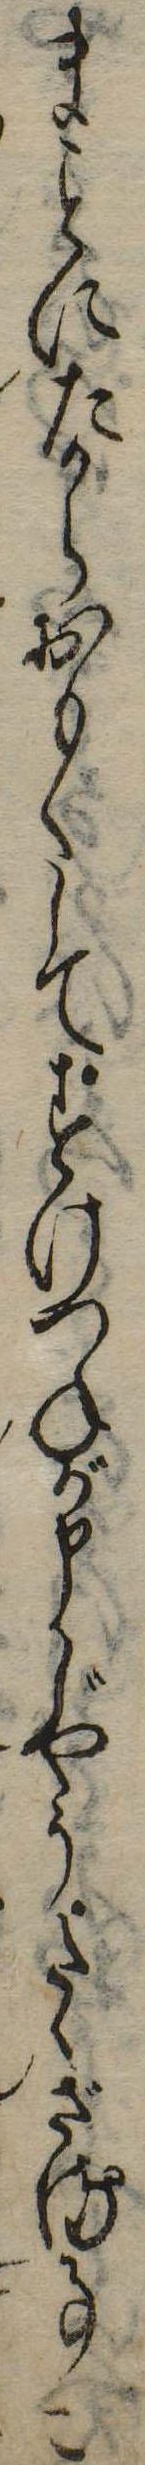
まにたからおもくしてすけつねが申じやうたゝざる事こ